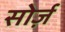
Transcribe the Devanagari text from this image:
सोर्ज़